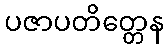
ပဇာပတိတ္တေန